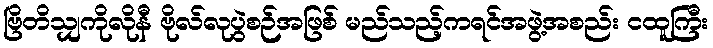
ဗြိတိသျှကိုလိုနီ ဗိုလ်လုပွဲစဉ်အဖြစ် မည်သည့်ကရင်အဖွဲ့အစည်း ငထူကြီး